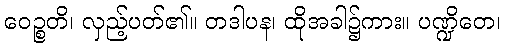
ဝေဉ္စတိ၊ လှည့်ပတ်၏။ တဒါပန၊ ထိုအခါ၌ကား။ ပဏ္ဍိတေ၊